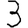
Digit: 3